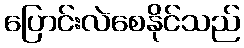
ပြောင်းလဲစေနိုင်သည်